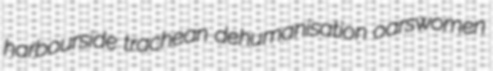
harbourside trachean dehumanisation oarswomen